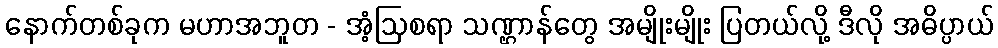
နောက်တစ်ခုက မဟာအဘူတ - အံ့ဩစရာ သဏ္ဌာန်တွေ အမျိုးမျိုး ပြတယ်လို့ ဒီလို အဓိပ္ပာယ်